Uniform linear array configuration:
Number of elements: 8
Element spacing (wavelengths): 0.25
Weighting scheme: hann
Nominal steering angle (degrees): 15
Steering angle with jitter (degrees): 14.564
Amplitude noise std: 0.05
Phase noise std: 0.05

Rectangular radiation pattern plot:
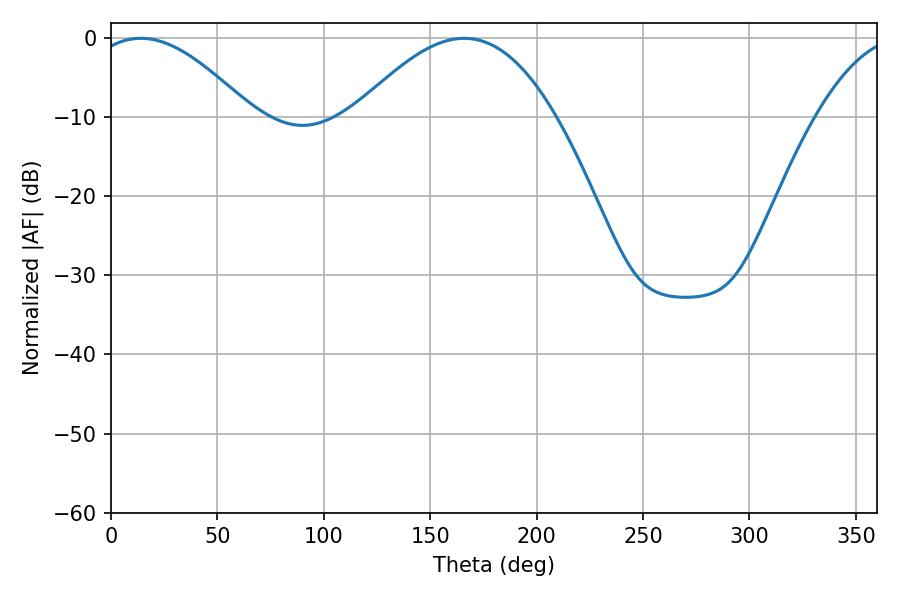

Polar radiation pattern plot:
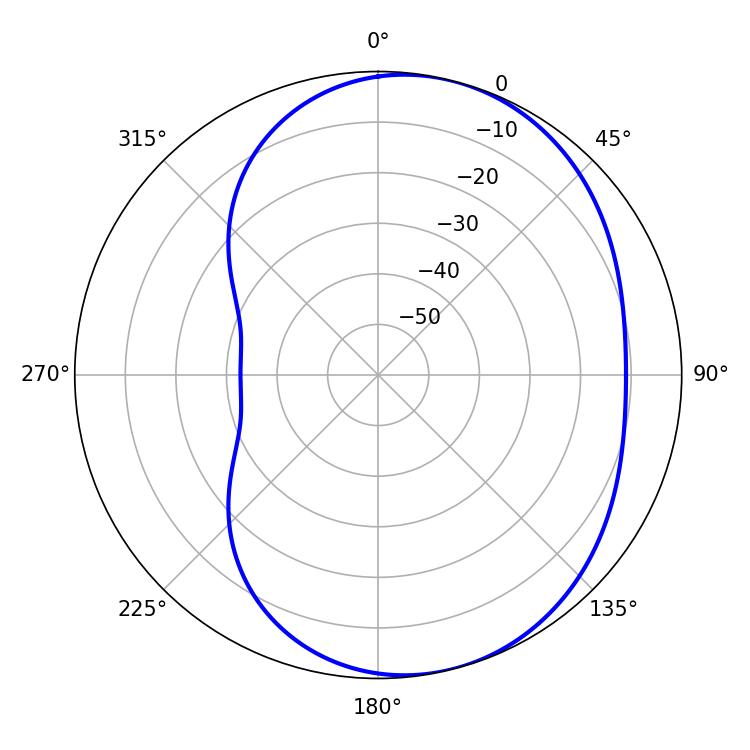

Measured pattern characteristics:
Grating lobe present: FALSE
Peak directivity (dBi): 5.414
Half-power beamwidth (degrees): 41.22
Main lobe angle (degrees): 14.04